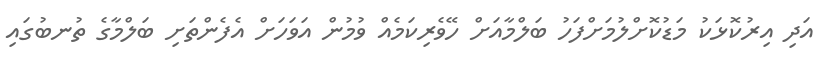
އަދި އިރުކޮޅަކު މަޑުކޮށްލުމަށްފަހު ބަލްމާއަށް ހޭވެރިކަމެއް ވުމުން އަވަހަށް އެފެންތަށި ބަލްމާގެ ތުނބުގައި